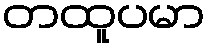
တထူပမာ